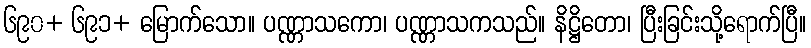
၆၉၀+ ၆၉၁+ မြောက်သော။ ပဏ္ဏာသကော၊ ပဏ္ဏာသကသည်။ နိဋ္ဌိတော၊ ပြီးခြင်းသို့ရောက်ပြီ။